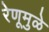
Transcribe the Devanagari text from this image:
रेणूमुळे